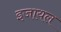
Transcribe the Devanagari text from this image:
इजायल